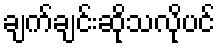
ချက်ချင်းဆိုသလိုပင်